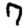
Digit: 7